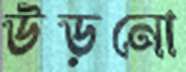
উড়নো